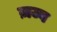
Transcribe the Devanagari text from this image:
ज़ज्ब